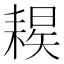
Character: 𦔈